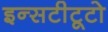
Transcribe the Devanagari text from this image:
इन्सटीटूटो